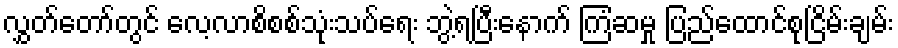
လွှွတ်တော်တွင် လေ့လာစိစစ်သုံးသပ်ရေး ဘွဲ့ရပြီးနောက် ကြံဆမှု ပြည်ထောင်စုငြိမ်းချမ်း